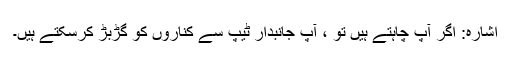
اشارہ: اگر آپ چاہتے ہیں تو ، آپ جانبدار ٹیپ سے کناروں کو گڑبڑ کرسکتے ہیں۔